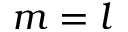
m = l